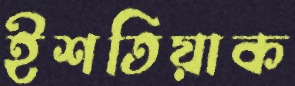
ইশতিয়াক